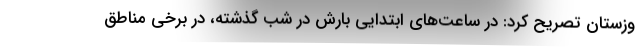
وزستان تصریح کرد: در ساعت‌های ابتدایی بارش در شب گذشته، در برخی مناطق